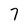
Character: 7